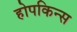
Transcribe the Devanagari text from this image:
होपकिन्स